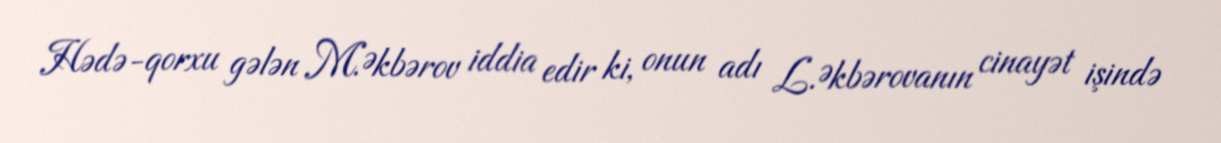
Hədə-qorxu gələn M.Əkbərov iddia edir ki, onun adı L.Əkbərovanın cinayət işində